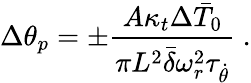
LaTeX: \Delta\theta_{p}=\pm\frac{A\kappa_{t}\Delta\bar{T}_{0}}{\pi L^{2}\bar{\delta}\omega_{r}^{2}\tau_{\dot{\theta}}}\ .